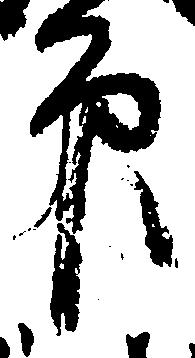
印